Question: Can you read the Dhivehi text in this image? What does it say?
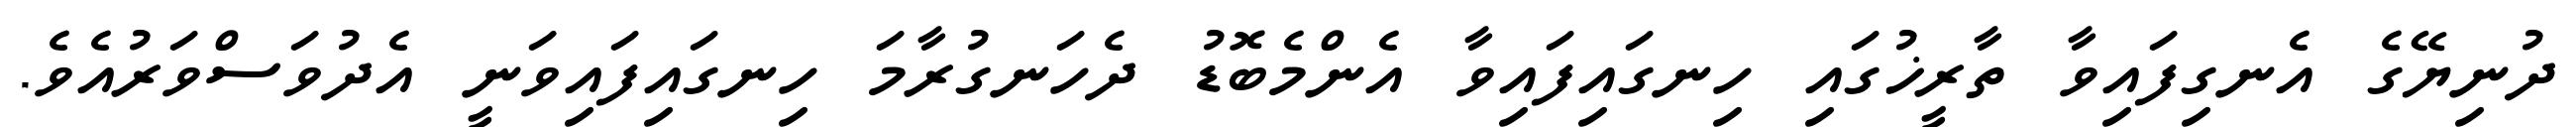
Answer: ދުނިޔޭގެ އެނގިފައިވާ ތާރީޚުގައި ހިނގައިފައިވާ އެންމެބޮޑު ދެހަނގުރާމަ ހިނގައިފައިވަނީ އެދުވަސްވަރުއެވެ.